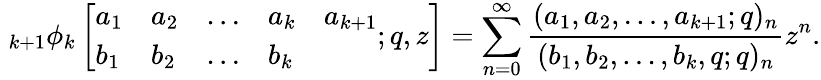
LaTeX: \; _{k+1}\phi_{k}\left[{\begin{array}{lllll}{a_{1}}&{a_{2}}&{\ldots}&{a_{k}}&{a_{k+1}}\\ {b_{1}}&{b_{2}}&{\ldots}&{b_{k}}\end{array}};q,z\right]=\sum_{n=0}^{\infty}{\frac{(a_{1},a_{2},\ldots,a_{k+1};q)_{n}}{(b_{1},b_{2},\ldots,b_{k},q;q)_{n}}}z^{n}.